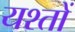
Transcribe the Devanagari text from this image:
यश्तों